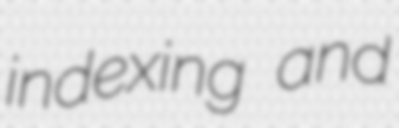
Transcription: indexing and